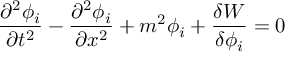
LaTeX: \frac { \partial ^ { 2 } \phi _ { i } } { \partial t ^ { 2 } } - \frac { \partial ^ { 2 } \phi _ { i } } { \partial x ^ { 2 } } + m ^ { 2 } \phi _ { i } + \frac { \delta W } { \delta \phi _ { i } } = 0